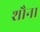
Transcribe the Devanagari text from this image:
शौना